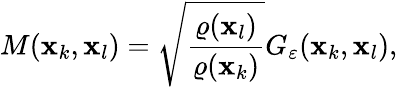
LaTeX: M(\mathbf{x}_{k},\mathbf{x}_{l})=\sqrt{\frac{\varrho(\mathbf{x}_{l})}{\varrho(\mathbf{x}_{k})}}G_{\varepsilon}(\mathbf{x}_{k},\mathbf{x}_{l}),